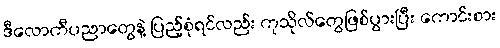
ဒီလောကီပညာတွေနဲ့ ပြည့်စုံရင်လည်း ကုသိုလ်တွေဖြစ်ပွားပြီး ကောင်းစား